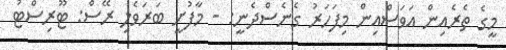
މީގެ ތެރެއިން އަވަސްއިން މިފަހަރު ގެނެސްދެނީ: - މާފުށީ ބަރަވެލި ރޭސް: ޓޫރިސްޓު